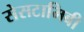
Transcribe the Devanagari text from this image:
सेसटामिबी